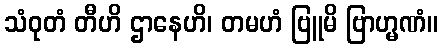
သံဝုတံ တီဟိ ဌာနေဟိ၊ တမဟံ ဗြူမိ ဗြာဟ္မဏံ။